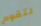
لتقوم